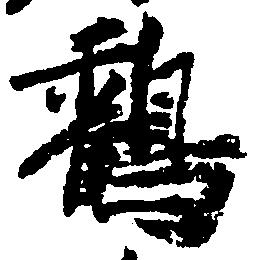
鶴